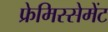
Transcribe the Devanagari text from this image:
फ्रेमिस्सेमेंट